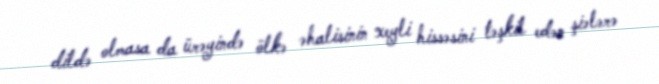
dildə olmasa da ürəyində ölkə əhalisinin xeyli hissəsini təşkil edən şiələrə